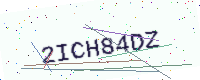
Text: 2ICH84DZ